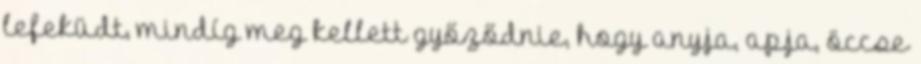
lefeküdt, mindíg meg kellett győződnie, hogy anyja, apja, öccse